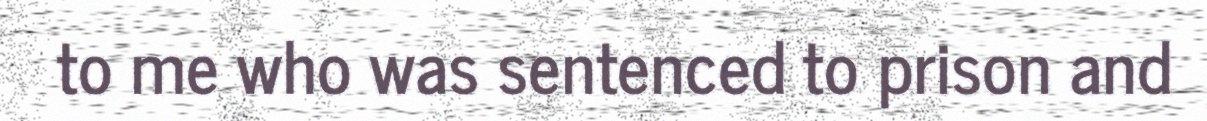
to me who was sentenced to prison and